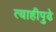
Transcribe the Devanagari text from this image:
त्याहीपुढे